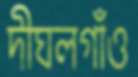
দীঘলগাঁও